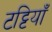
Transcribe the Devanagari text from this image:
टट्टियाँ